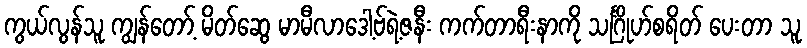
ကွယ်လွန်သူ ကျွန်တော့် မိတ်ဆွေ မာမီလာဒေါ့ဗ်ရဲ့ဇနီး ကက်တာရီးနာကို သင်္ဂြိုဟ်စရိတ် ပေးတာ သူ